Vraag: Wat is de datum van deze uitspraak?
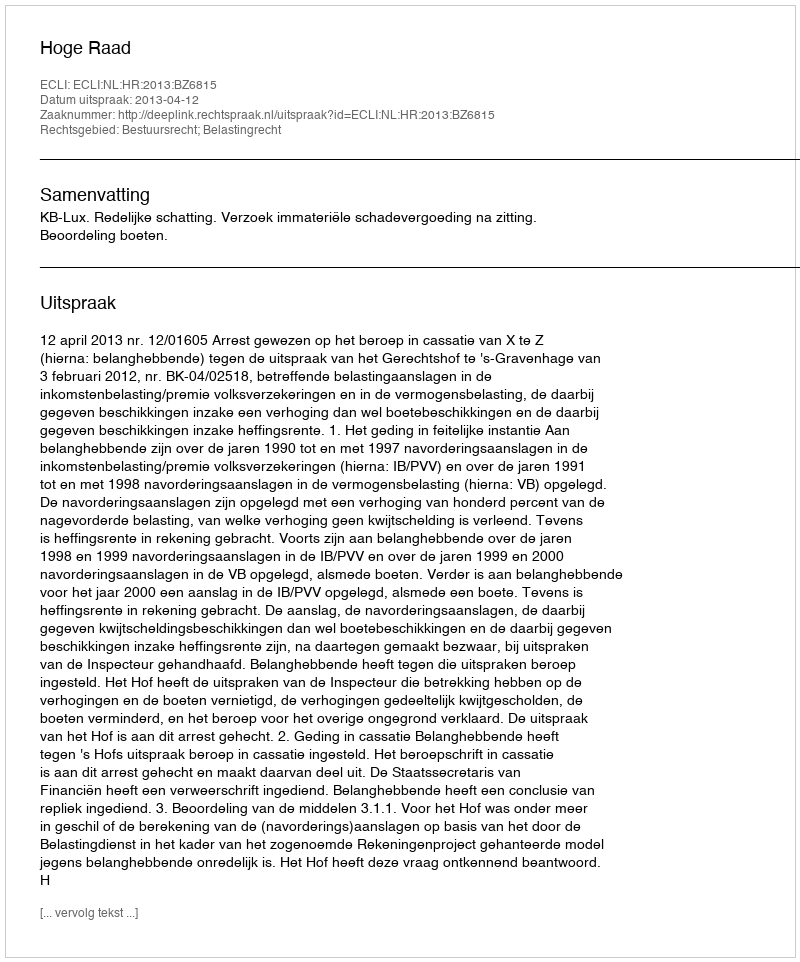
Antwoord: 2013-04-12